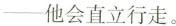
他会直立行走。